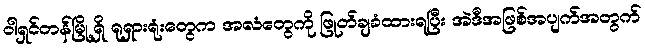
ဝါရှင်တန်မြို့ရှိ ရုရှားရုံးတွေက အလံတွေကို ဖြုတ်ချခံထားရပြီး အဲဒီအဖြစ်အပျက်အတွက်